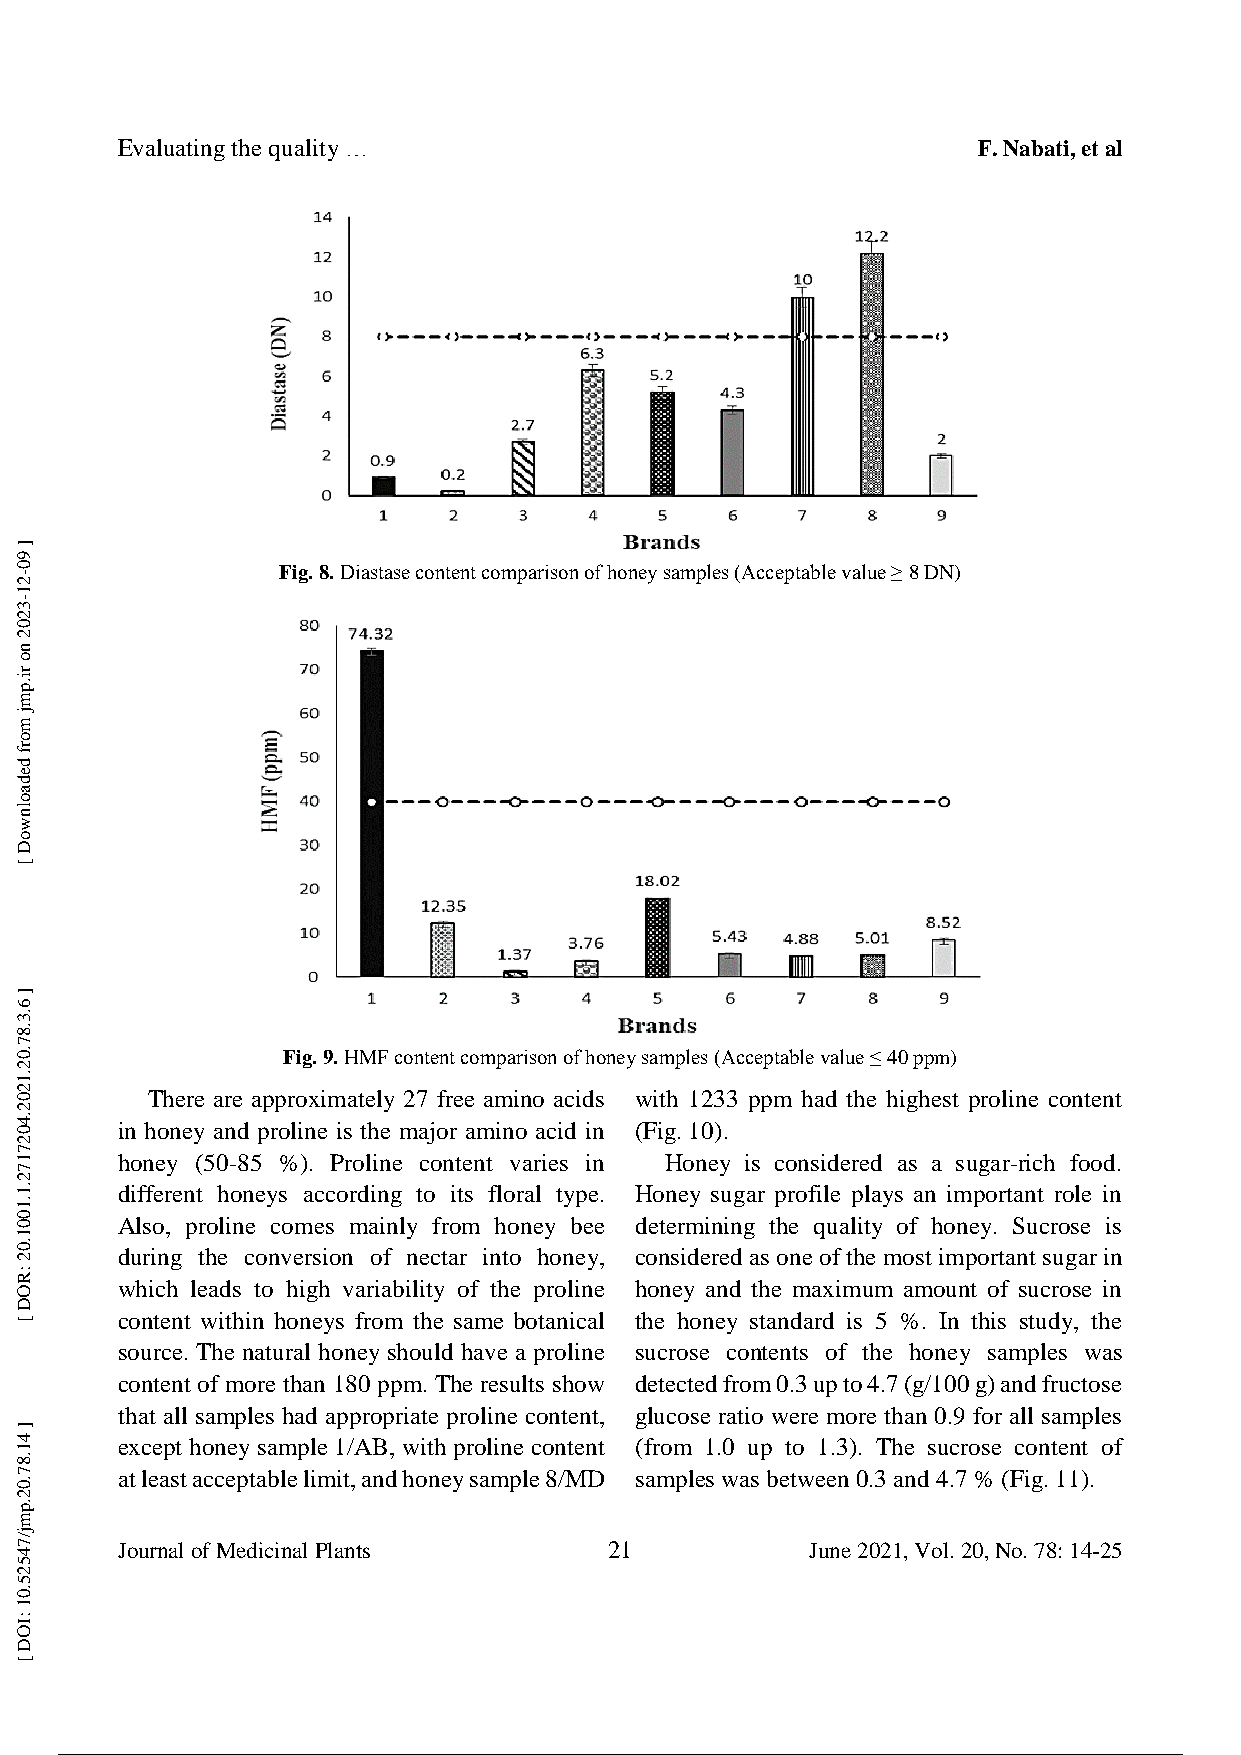
Evaluating the quality …                                 F. Nabati, et al
 Fig. 8. Diastase content comparison of honey samples (Acceptable value ≥ 8 DN)
 Fig. 9. HMF content comparison of honey samples (Acceptable value ≤ 40 ppm)
 There are approximately 27 free amino acids with 1233 ppm had the highest proline content
 in honey and proline is the major amino acid in (Fig. 10).
 honey (50-85 %). Proline content varies in Honey is considered as a sugar-rich food.
 different honeys according to its floral type. Honey sugar profile plays an important role in
 Also, proline comes mainly from honey bee determining the quality of honey. Sucrose is
 during the conversion of nectar into honey, considered as one of the most important sugar in
 which leads to high variability of the proline honey and the maximum amount of sucrose in
 content within honeys from the same botanical the honey standard is 5 %. In this study, the
 source. The natural honey should have a proline sucrose contents of the honey samples was
 content of more than 180 ppm. The results show detected from 0.3 up to 4.7 (g/100 g) and fructose
 that all samples had appropriate proline content, glucose ratio were more than 0.9 for all samples
 except honey sample 1/AB, with proline content (from 1.0 up to 1.3). The sucrose content of
 at least acceptable limit, and honey sample 8/MD samples was between 0.3 and 4.7 % (Fig. 11).
 Journal of Medicinal Plants     21            June 2021, Vol. 20, No. 78: 14-25
 8 / 13
 ]
 90-21-3202
 no
 ri.pmj
 morf
 dedaolnwoD
 [
 ]
 6.3.87.02.1202.4027172.1.1001.02
 :ROD
 [
 ]
 41.87.02.pmj/74525.01
 :IOD
 [